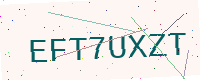
Text: EFT7UXZT